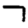
Digit: 7